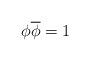
LaTeX: \begin{align*} \phi \overline{\phi} = 1\end{align*}